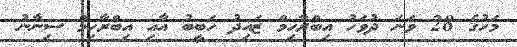
މަހުގެ 28 ވަނަ ދުވަހު އިބްރާހިމް ޒައިދު ހަބީބު އާއި އިބްރާހިމް ސިނާނު